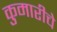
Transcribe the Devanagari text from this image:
कुमारीचे